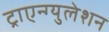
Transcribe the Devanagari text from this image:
ट्राएन्ग्युलेशन